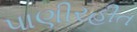
પાણીરહીત